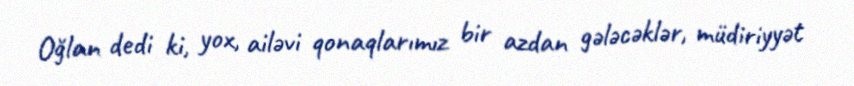
Oğlan dedi ki, yox, ailəvi qonaqlarımız bir azdan gələcəklər, müdiriyyət